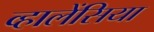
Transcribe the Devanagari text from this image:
व्हालेंसिया